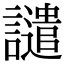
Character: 譴